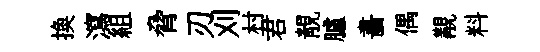
换瀉組脅刃刈村君靚臚畵偶覯料